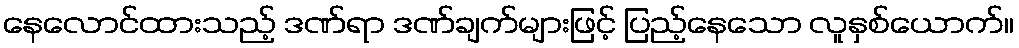
နေလောင်ထားသည့် ဒဏ်ရာ ဒဏ်ချက်များဖြင့် ပြည့်နေသော လူနှစ်ယောက်။